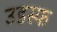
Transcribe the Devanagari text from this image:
उडस्फ